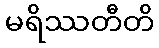
မရိဿတီတိ